Annual administration report of the Civil Veterinary Department of India - 1900-1901
Year: 1900
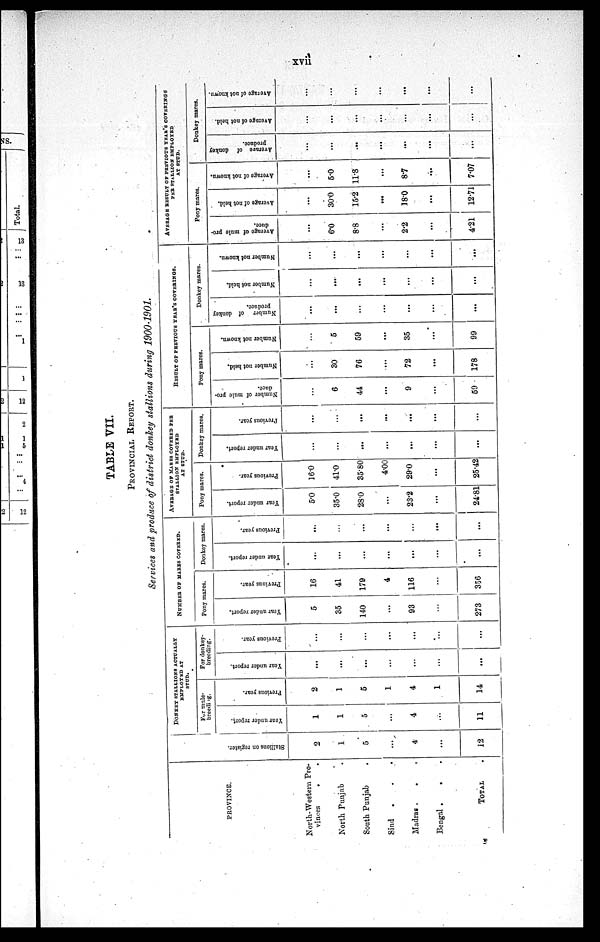
xvii
TABLE VII.
PROVINCIAL REPORT.
Services and produce of district donkey stallions during 1900-1901.
PROVINCE.
North-Western Pro-
vinces
.
.
North Punjab .
South Punjab .
Sind . . .
Madras . . .
Bengal .
. .
TOTAL .
Stallions on register.
2
1
5
...
4
...
12
DONKEY STALLIONS ACTUALLY
EMPLOYED AT
STUD.
Fur mule-
breeding.
Year under report.
1
1
5
...
4
...
11
Previous year.
2
1
5
1
4
1
14
For donkey-
breeding.
Year under report.
...
...
...
...
...
...
...
Previous year.
...
...
...
...
...
...
...
NUMBER OF MARES COVERED.
Pony mares.
Year under report.
5
35
140
...
93
...
273
Previous year.
16
41
179
4
116
...
356
Donkey mares.
Year under report.
...
...
...
...
...
...
...
Previous year.
...
...
...
...
...
...
...
AVERAGE OF MARES COVERED PER
STALLION EMPLOYED
AT STUD.
Pony mares.
Year under report.
5.0
35.0
28.0
...
23.2
...
24.81
Previous year.
16.0
41.0
35.80
4.00
29.0
...
25.42
Donkey mares.
Year under report.
...
...
...
...
...
...
...
Previous year.
...
...
...
...
...
...
...
RESULT OF PREVIOUS YEAR'S COVERINGS.
Pony mares.
Number of mule pro-
duce.
...
6
44
...
9
...
59
Number not held.
...
30
76
...
72
...
178
Number not known.
...
5
59
...
35
...
99
Donkey mares.
Number of donkey
produce.
...
...
...
...
...
...
...
Number not held.
...
...
...
...
...
...
...
Number not known.
...
...
...
...
...
...
...
AVERAGE RESULT OF PREVIOUS YEAR'S COVERINGS
PER STALLION EMPLOYED
AT STUD.
Pony mares.
Average of mule pro-
duce.
...
6.0
8.8
...
2.2
...
4.21
Average of not held.
...
30.0
15.2
...
18.0
...
12.71
Average of not known.
...
5..0
11.8
...
8.7
...
7.07
Donkey mares.
Average
of
donkey
Produce.
...
...
...
...
...
...
...
Average of not held.
...
...
...
...
...
...
...
Average of not known.
...
...
...
...
...
...
...
5